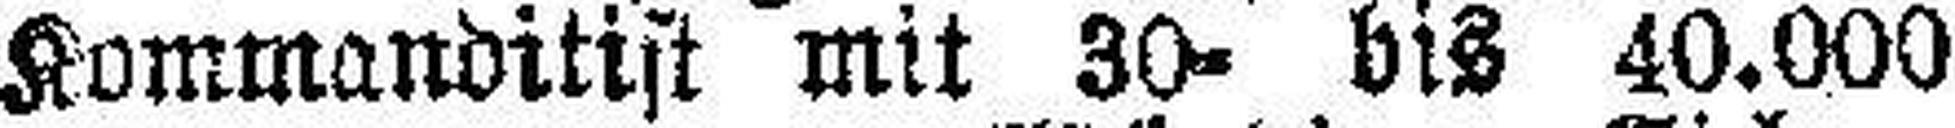
Kommanditist mit 30- bis 40.000